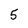
Character: 5